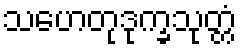
သဟေတုဒုက္ခသုတ္တံ